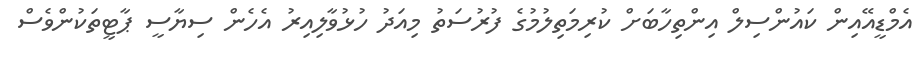
އެމްޑީއޭއިން ކައުންސިލް އިންތިހާބަށް ކުރިމަތިލުމުގެ ފުރުސަތު މިއަދު ހުޅުވާލިއިރު އެހެން ސިޔާސީ ޕާޓީތަކުންވެސް